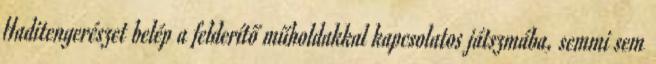
Haditengerészet belép a felderítő műholdakkal kapcsolatos játszmába, semmi sem